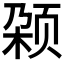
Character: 𬱡